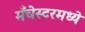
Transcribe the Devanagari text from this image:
मँचेस्टरमध्ये